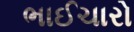
ભાઈચારો